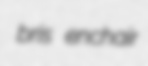
bris enchair